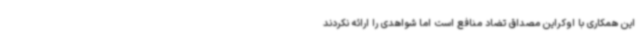
این همکاری با اوکراین مصداق تضاد منافع است اما شواهدی را ارائه نکردند